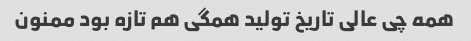
همه چی عالی تاریخ تولید همگی هم تازه بود ممنون